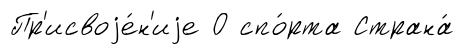
Пр'исвоjе́н'иjе О спо́рта Страна́